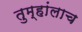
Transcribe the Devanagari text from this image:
तुम्हांलाच